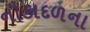
નૌકાદળના